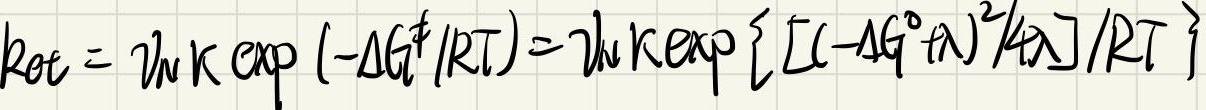
\[
k_{\text{et}} = \nu_{\text{vk}} \exp \left( -\Delta G_{\text{t}}^{\ddagger}/RT \right)=\nu_{\text{vk}} \exp \left\{ \left[(-\Delta G^{\circ}+\lambda)^{2}/4\lambda \right]/RT \right\}
\]